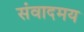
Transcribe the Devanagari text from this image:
संवादमय